NAE_ERA_R-1992_EV_Ehitusministeerium, lk 16
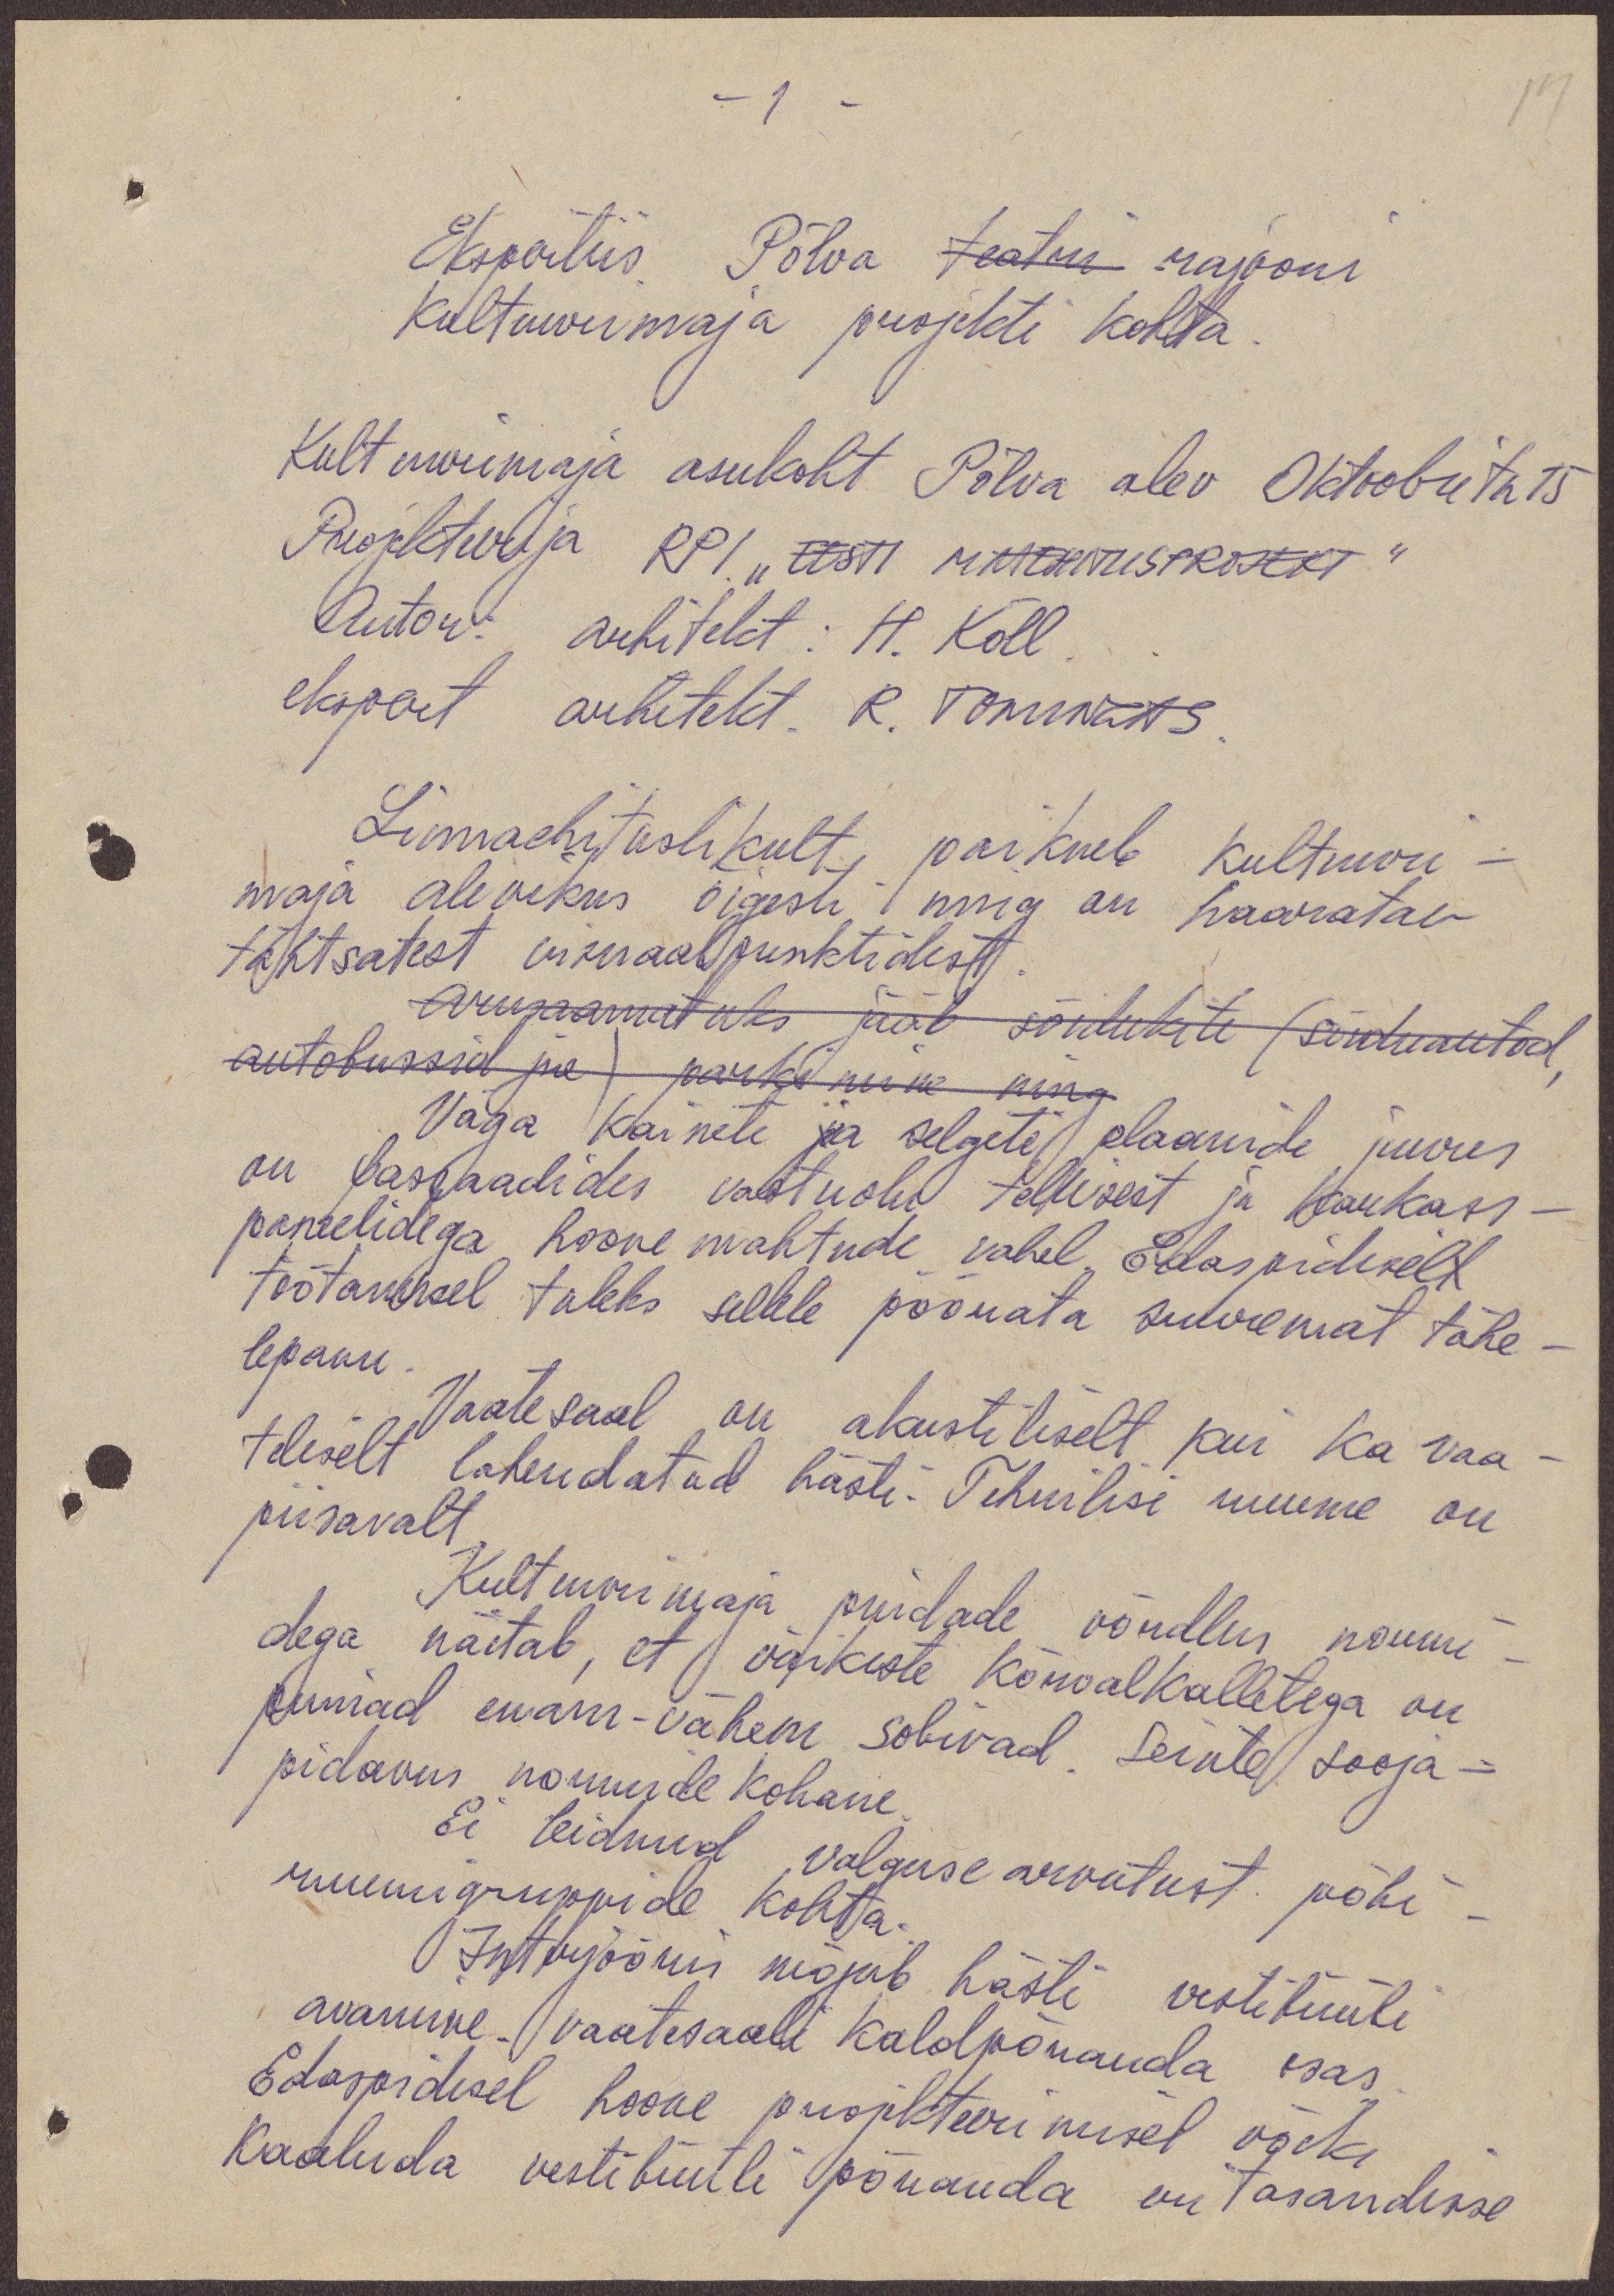
14
-1 -
Ekspertiis Põlva teatri rajooni
Kultuurimaja projekti kohta
Kultuurimaja asukoht Põlva alev Oktoobri tn 15
Projekteerija RPI „EESTI MAAEHITUSPROJEKT"
Autor: arhitekt: H. Kõll
ekspert arhitekt R. Tomingas
Linnaehituslikult paikneb Kultuuri-
maja alevikus õigesti ning on haaratav
tähtsatest ukraalpunktidest
Arusaamatuks jääb sõidukite (sõiduautod,
autobussid jne) parkimine ning
Väga kainete ja selgete plaanide juures
on fassaadides vastuolu tellisest ja karkass-
paneelidega hoone mahtude vahel. Edaspidisel
töötamisel tuleks sellele pöörata suuremat tähe-
lepanu.
Vaatesaal on akustiliselt kui ka vaa-
teliselt lahendatud hästi. Tehnilisi ruume on
piisavalt
Kultuurimaja pindade võrdlus normi-
dega näitab, et väikeste kõrvalkalletega on
pinnad enam-vähem sobivad. Seinte sooja-
pidavus normide kohane
Ei leidnud valguse arvutust põhi-
ruumigruppide kohta.
Interjööris mõjub hästi vestibüüli
avamine. Vaatesaali kaldpõranda osas
Edaspidisel hoone projekteerimisel võiks
kaaluda vestibüüli põranda eri tasandisse